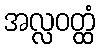
အလ္လဝတ္ထံ